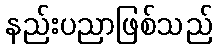
နည်းပညာဖြစ်သည်